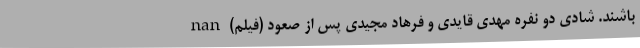
باشند. شادی دو نفره مهدی قایدی و فرهاد مجیدی پس از صعود (فیلم) nan